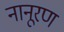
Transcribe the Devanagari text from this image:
नानूरण